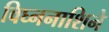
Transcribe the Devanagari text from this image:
विघ्ननाशिने